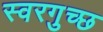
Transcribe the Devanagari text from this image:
स्वरगुच्छ